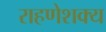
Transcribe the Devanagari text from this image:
राहणेशक्य